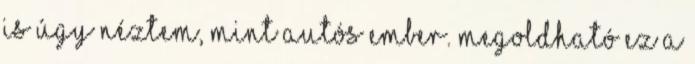
is úgy néztem, mint autós ember. Megoldható ez a